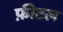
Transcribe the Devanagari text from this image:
फ़ीटल